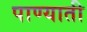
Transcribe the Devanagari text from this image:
पाण्याती